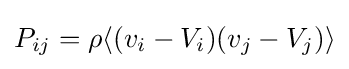
P_{ij}=\rho \langle (v_{i}-V_{i})(v_{j}-V_{j})\rangle